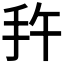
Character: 𭠕